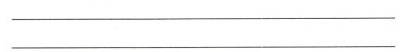
_____________